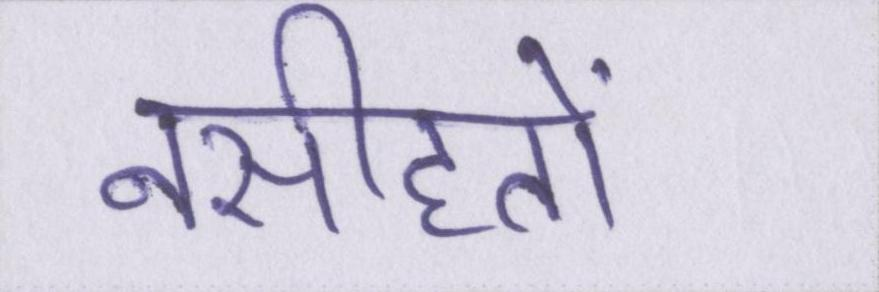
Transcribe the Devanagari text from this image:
नसीहतों